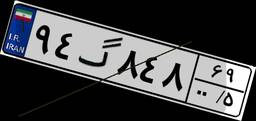
۹۴گ۸۴۸۶۹